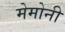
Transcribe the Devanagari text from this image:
मेमोनी